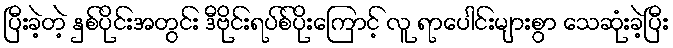
ပြီးခဲ့တဲ့ နှစ်ပိုင်းအတွင်း ဒီဗိုင်းရပ်စ်ပိုးကြောင့် လူ ရာပေါင်းများစွာ သေဆုံးခဲ့ပြီး